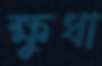
ক্ষুধা